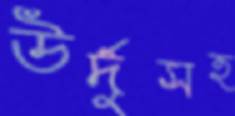
উর্দুসহ